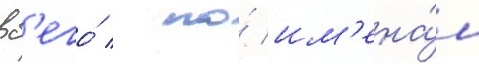
вс'его́ / по́ им'ена́м